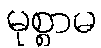
မုစ္စာမ